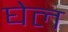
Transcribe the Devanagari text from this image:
घेल